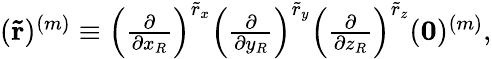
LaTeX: \begin{array}{r}{(\mathbf{\tilde{r}})^{(m)}\equiv\left(\frac{\partial}{\partial x_{R}}\right)^{\tilde{r}_{x}}\left(\frac{\partial}{\partial y_{R}}\right)^{\tilde{r}_{y}}\left(\frac{\partial}{\partial z_{R}}\right)^{\tilde{r}_{z}}(\mathbf{0})^{(m)},}\end{array}